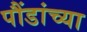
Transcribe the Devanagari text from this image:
पौंडांच्या